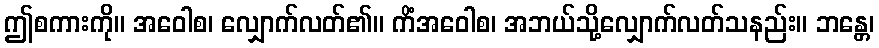
ဤစကားကို။ အဝေါစ၊ လျှောက်လတ်၏။ ကိံအဝေါစ၊ အဘယ်သို့လျှောက်လတ်သနည်း။ ဘန္တေ၊